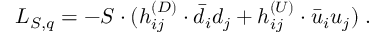
{ \cal L } _ { S , q } = - S \cdot ( h _ { i j } ^ { ( D ) } \cdot \bar { d } _ { i } d _ { j } + h _ { i j } ^ { ( U ) } \cdot \bar { u } _ { i } u _ { j } ) \; .